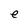
Character: e